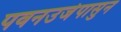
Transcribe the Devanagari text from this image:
पवनउर्जेपासुन